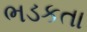
ભડકતા